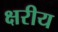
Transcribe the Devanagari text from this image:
क्षरीय